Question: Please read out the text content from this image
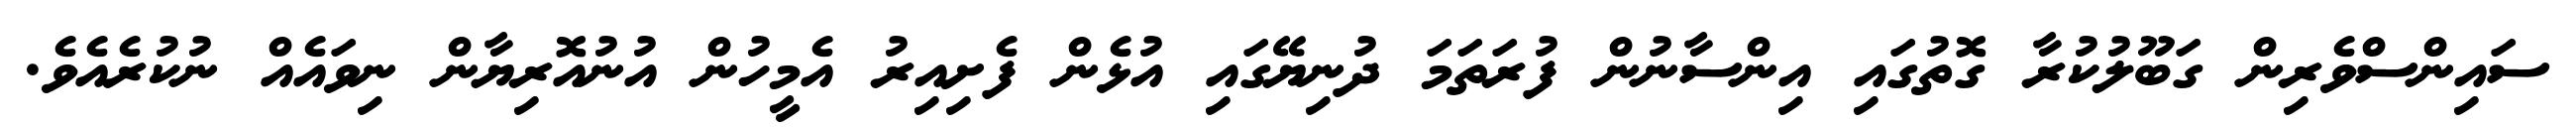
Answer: ސައިންސްވެރިން ގަބޫލުކުރާ ގޮތުގައި އިންސާނުން ފުރަތަމަ ދުނިޔޭގައި އުޅެން ފެށިއިރު އެމީހުން އުނުއޮރިޔާން ނިވައެއް ނުކުރެއެވެ.